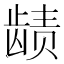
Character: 𬺉